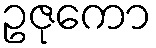
ဥဇုကော